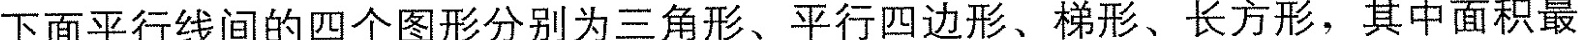
下面平行线间的四个图形分别为三角形、平行四边形、梯形、长方形，其中面积最